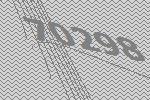
70298